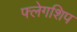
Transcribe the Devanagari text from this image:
फ्लेगशिप